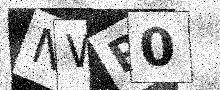
Text: NWP0